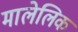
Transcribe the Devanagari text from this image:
मालेलिक